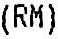
(RM)